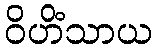
ဝိဟိံသာယ